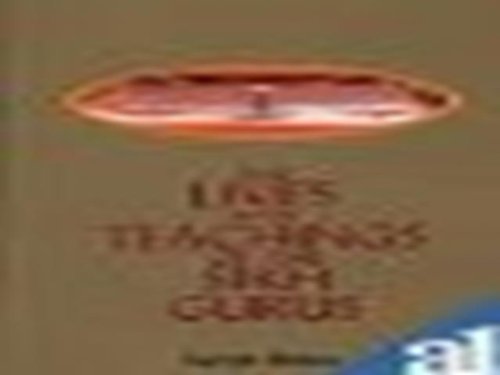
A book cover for The Lives and Teachings of the Sikh Gurus; Harish Dillon; Religion & Spirituality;